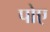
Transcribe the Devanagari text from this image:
पोए